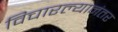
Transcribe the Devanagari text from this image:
विचारल्यानंतर